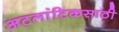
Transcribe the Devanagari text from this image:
अटलांटिकसाठी